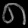
Digit: ၈